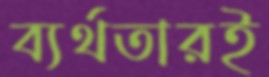
ব্যর্থতারই